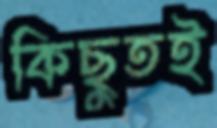
কিছুতই